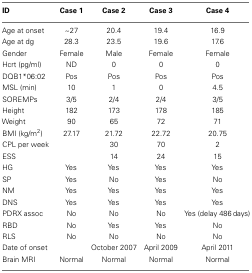
<table><thead><tr><td><b>ID</b></td><td><b>Case 1</b></td><td><b>Case 2</b></td><td><b>Case 3</b></td><td><b>Case 4</b></td></tr></thead><tbody><tr><td>Age at onset</td><td>~27</td><td>20.4</td><td>19.4</td><td>16.9</td></tr><tr><td>Age at dg</td><td>28.3</td><td>23.5</td><td>19.6</td><td>17.6</td></tr><tr><td>Gender</td><td>Female</td><td>Male</td><td>Female</td><td>Female</td></tr><tr><td>Hcrt (pg/ml)</td><td>ND</td><td>0</td><td>0</td><td>0</td></tr><tr><td>DQB1*06:02</td><td>Pos</td><td>Pos</td><td>Pos</td><td>Pos</td></tr><tr><td>MSL (min)</td><td>10</td><td>1</td><td>0</td><td>4.5</td></tr><tr><td>SOREMPs</td><td>3/5</td><td>2/4</td><td>2/4</td><td>3/5</td></tr><tr><td>Height</td><td>182</td><td>173</td><td>178</td><td>185</td></tr><tr><td>Weight</td><td>90</td><td>65</td><td>72</td><td>71</td></tr><tr><td>BMI (kg/m<sup>2</sup>)</td><td>27.17</td><td>21.72</td><td>22.72</td><td>20.75</td></tr><tr><td>CPL per week</td><td></td><td>30</td><td>70</td><td>2</td></tr><tr><td>ESS</td><td></td><td>14</td><td>24</td><td>15</td></tr><tr><td>HG</td><td>Yes</td><td>Yes</td><td>Yes</td><td>Yes</td></tr><tr><td>SP</td><td>Yes</td><td>No</td><td>Yes</td><td>No</td></tr><tr><td>NM</td><td>Yes</td><td>Yes</td><td>Yes</td><td>Yes</td></tr><tr><td>DNS</td><td>Yes</td><td>Yes</td><td>Yes</td><td>Yes</td></tr><tr><td>PDRX assoc</td><td>No</td><td>No</td><td>No</td><td>Yes (delay 486 days)</td></tr><tr><td>RBD</td><td>No</td><td>Yes</td><td>Yes</td><td>No</td></tr><tr><td>RLS</td><td>No</td><td>No</td><td>No</td><td>No</td></tr><tr><td>Date of onset</td><td></td><td>October 2007</td><td>April 2009</td><td>April 2011</td></tr><tr><td>Brain MRI</td><td>Normal</td><td>Normal</td><td>Normal</td><td>Normal</td></tr></tbody></table>